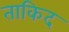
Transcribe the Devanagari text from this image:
ताकिद